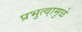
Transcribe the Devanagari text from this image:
प्रभुत्वामुळे